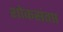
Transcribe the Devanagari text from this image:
शोकसंतप्त